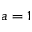
a = 1